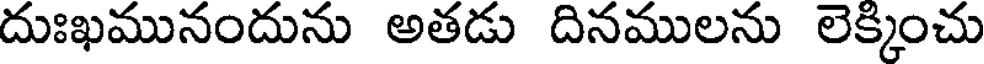
దుఃఖమునందును అతడు దినములను లెక్కించు